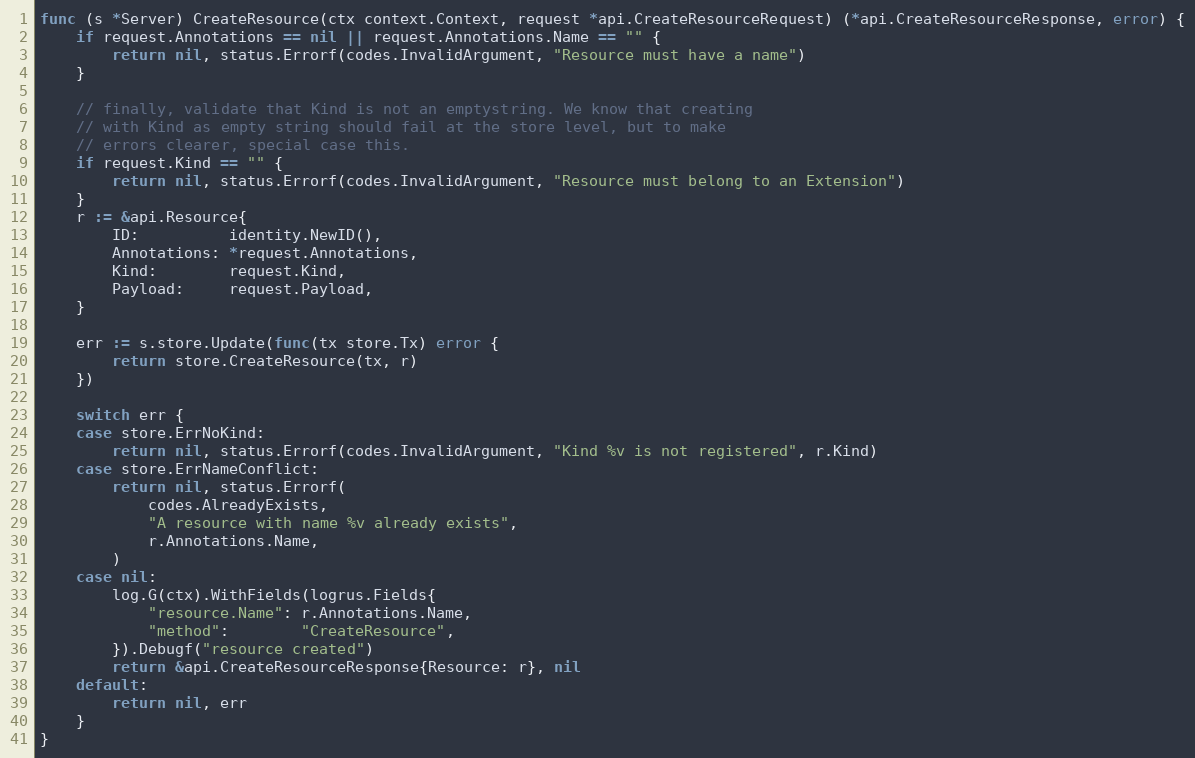
Language: Go
func (s *Server) CreateResource(ctx context.Context, request *api.CreateResourceRequest) (*api.CreateResourceResponse, error) {
	if request.Annotations == nil || request.Annotations.Name == "" {
		return nil, status.Errorf(codes.InvalidArgument, "Resource must have a name")
	}

	// finally, validate that Kind is not an emptystring. We know that creating
	// with Kind as empty string should fail at the store level, but to make
	// errors clearer, special case this.
	if request.Kind == "" {
		return nil, status.Errorf(codes.InvalidArgument, "Resource must belong to an Extension")
	}
	r := &api.Resource{
		ID:          identity.NewID(),
		Annotations: *request.Annotations,
		Kind:        request.Kind,
		Payload:     request.Payload,
	}

	err := s.store.Update(func(tx store.Tx) error {
		return store.CreateResource(tx, r)
	})

	switch err {
	case store.ErrNoKind:
		return nil, status.Errorf(codes.InvalidArgument, "Kind %v is not registered", r.Kind)
	case store.ErrNameConflict:
		return nil, status.Errorf(
			codes.AlreadyExists,
			"A resource with name %v already exists",
			r.Annotations.Name,
		)
	case nil:
		log.G(ctx).WithFields(logrus.Fields{
			"resource.Name": r.Annotations.Name,
			"method":        "CreateResource",
		}).Debugf("resource created")
		return &api.CreateResourceResponse{Resource: r}, nil
	default:
		return nil, err
	}
}